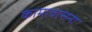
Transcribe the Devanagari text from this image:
कामावासना